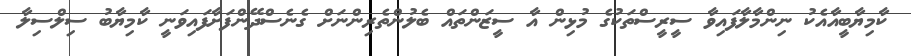
ކާމިޔާބީއާއެކު ނިންމާލާފައިވާ ސީރީސްތަކުގެ މުޅިން އާ ސީޒަންތައް ބެލުންތެރިންނަށް ގެނެސްދޭންފަށާފައިވަނީ ކާމިޔާބު ސިލްސިލާ